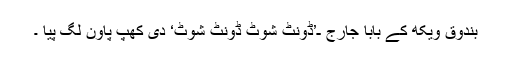
بندوق ویکھ کے بابا جارج ـ’ڈونٹ شوٹ ڈونٹ شوٹ‘ دی کھپ پاون لگ پیا ۔